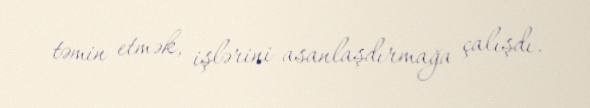
təmin etmək, işlərini asanlaşdırmağa çalışdı.